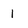
Character: 1